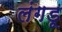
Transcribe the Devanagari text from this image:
लंगडू